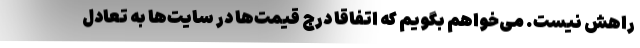
راهش نیست. می‌خواهم بگویم که اتفاقا درج قیمت‌ها در سایت‌ها به تعادل